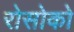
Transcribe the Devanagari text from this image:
रोसोको